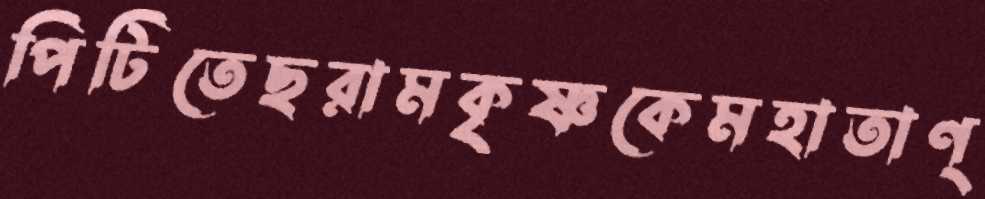
পিটিতেছরামকৃষ্ণকেমহাতাণ্